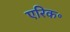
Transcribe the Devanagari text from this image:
एरिक॰